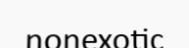
nonexotic